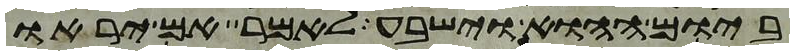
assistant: ביום ההוא וישבע לאמר אם יראו